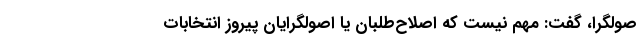
صولگرا، گفت: مهم نیست که اصلاح‌طلبان یا اصولگرایان پیروز انتخابات